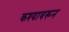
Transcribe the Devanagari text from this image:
कश्यावरून